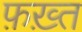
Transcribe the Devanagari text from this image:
फ़ख़्त